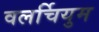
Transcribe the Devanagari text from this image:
वलर्चियुम